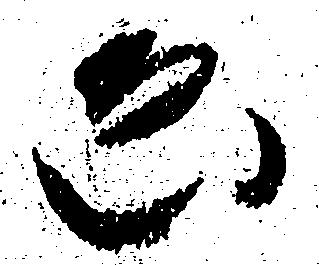
ゑ